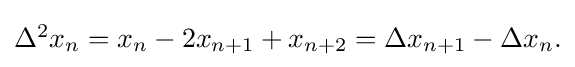
{\textstyle \Delta ^{2}x_{n}=x_{n}-2x_{n+1}+x_{n+2}=\Delta x_{n+1}-\Delta x_{n}.}